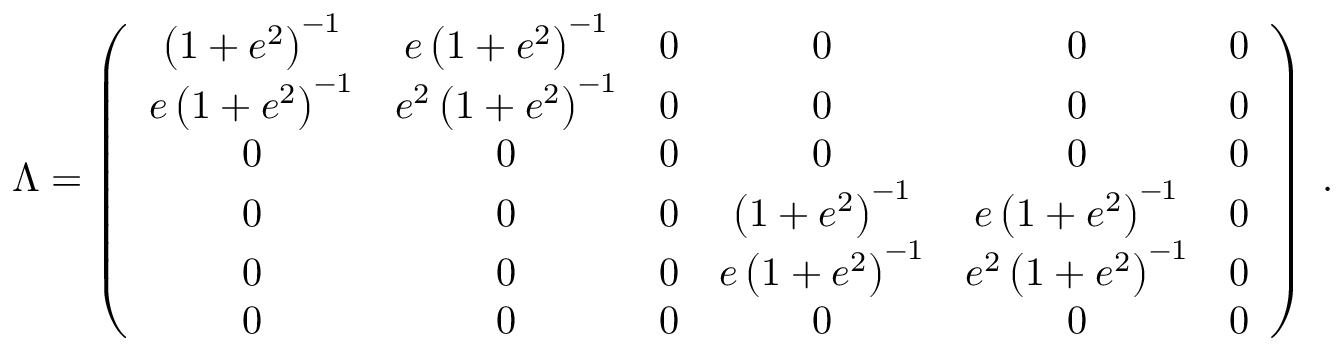
\Lambda = \left( \begin{array} { c c c c c c } { { \left( 1 + e ^ { 2 } \right) ^ { - 1 } } } & { { e \left( 1 + e ^ { 2 } \right) ^ { - 1 } } } & { { 0 } } & { { 0 } } & { { 0 } } & { { 0 } } \\ { { e \left( 1 + e ^ { 2 } \right) ^ { - 1 } } } & { { e ^ { 2 } \left( 1 + e ^ { 2 } \right) ^ { - 1 } } } & { { 0 } } & { { 0 } } & { { 0 } } & { { 0 } } \\ { { 0 } } & { { 0 } } & { { 0 } } & { { 0 } } & { { 0 } } & { { 0 } } \\ { { 0 } } & { { 0 } } & { { 0 } } & { { \left( 1 + e ^ { 2 } \right) ^ { - 1 } } } & { { e \left( 1 + e ^ { 2 } \right) ^ { - 1 } } } & { { 0 } } \\ { { 0 } } & { { 0 } } & { { 0 } } & { { e \left( 1 + e ^ { 2 } \right) ^ { - 1 } } } & { { e ^ { 2 } \left( 1 + e ^ { 2 } \right) ^ { - 1 } } } & { { 0 } } \\ { { 0 } } & { { 0 } } & { { 0 } } & { { 0 } } & { { 0 } } & { { 0 } } \end{array} \right) \; .